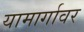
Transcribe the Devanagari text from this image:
यामार्गावर